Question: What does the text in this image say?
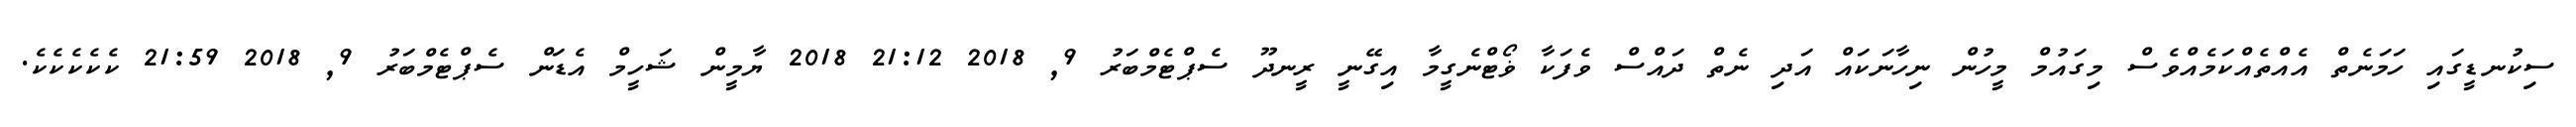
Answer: ސިކުނޑީގައި ހަމަނެތް އެއްތެއްކަމެއްވެސް މިގައުމް މީހުން ނިހާނަކައް އަދި ނެތް ދައްސް ވެފަކާ ޥޯޓްނެގީމާ އިގޭނީ ރީނދޫ ސެޕްޓެމްބަރު 9, 2018 21:12 2018 ޔާމީން ޝަހީމް އެޑަން ސެޕްޓެމްބަރު 9, 2018 21:59 ކެކެކެކެކެ.